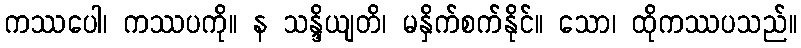
ကဿပေါ၊ ကဿပကို။ န သန္ဒိယျတိ၊ မနှိက်စက်နိုင်။ သော၊ ထိုကဿပသည်။